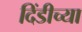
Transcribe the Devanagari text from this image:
दिंडीच्या